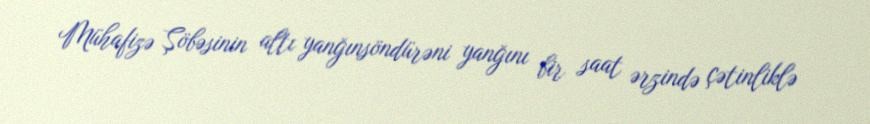
Mühafizə Şöbəsinin altı yanğınsöndürəni yanğını bir saat ərzində çətinliklə